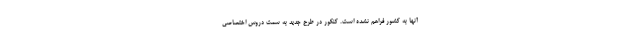
آنها به کشور فراهم نشده است. کنکور در طرح جدید به سمت دروس اختصاصی